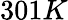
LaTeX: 301K